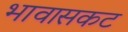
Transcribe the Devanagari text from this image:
भावासकट